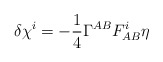
\begin{align*}\delta \chi^i = -{1\over4}\Gamma^{AB}F_{AB}^i\eta\end{align*}